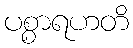
ပစ္စာရဟတိ